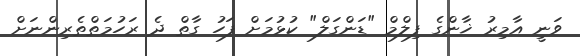
ވަނީ އާމިރު ޚާންގެ ފިލްމް "ޑަންގަލް" ކުޅުމަށް ފަހު ގާތް ދެ ރަހުމަތްތެރިންނަށް